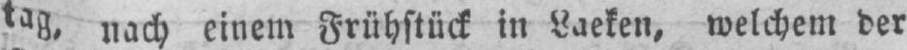
tag, nach einem Frühstück in Laeken, welchem der